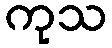
ကုသ